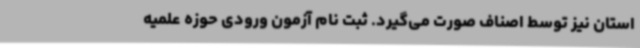
استان نیز توسط اصناف صورت می‌گیرد. ثبت نام آزمون ورودی حوزه علمیه